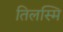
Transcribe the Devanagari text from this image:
तिलस्मि